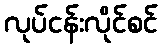
လုပ်ငန်းလိုင်စင်